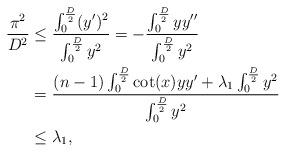
LaTeX: \begin{align*}\frac{\pi^2}{D^2} &\leq \frac{\int_0^{\frac{D}{2}}(y')^2}{\int_0^{\frac{D}{2}}y^2} = -\frac{\int_0^{\frac{D}{2}}yy''}{\int_0^{\frac{D}{2}}y^2}\\&= \frac{(n-1)\int_0^{\frac{D}{2}}\cot(x)yy'+\lambda_1\int_0^{\frac{D}{2}}y^2}{\int_0^{\frac{D}{2}}y^2} \\&\leq \lambda_1,\end{align*}